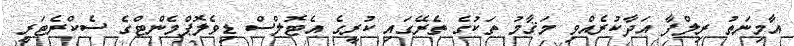
އާމިނަތު ރިލްފާ އަދާކުރެއްވި މަޤާމު ތަކުގެ ތެރޭގައި ކުރީގެ އެޓޮލްސް ޑިވެލޮޕްމެންޓްގެ ސެކްރެޓަރީ